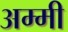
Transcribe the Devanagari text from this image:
अम्मी